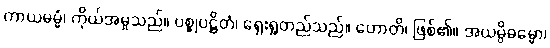
ကာယမမ္မံ၊ ကိုယ်အမှုသည်။ ပစ္စုပဋ္ဌိတံ၊ ရှေးရှုတည်သည်။ ဟောတိ၊ ဖြစ်၏။ အယမ္ပိဓမ္မော၊